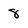
Character: 8